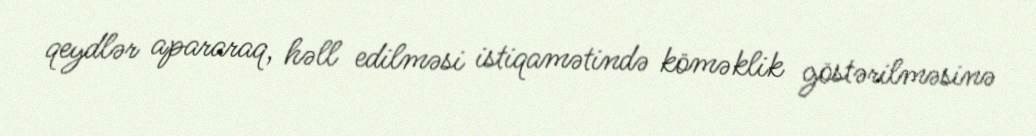
qeydlər apararaq, həll edilməsi istiqamətində köməklik göstərilməsinə